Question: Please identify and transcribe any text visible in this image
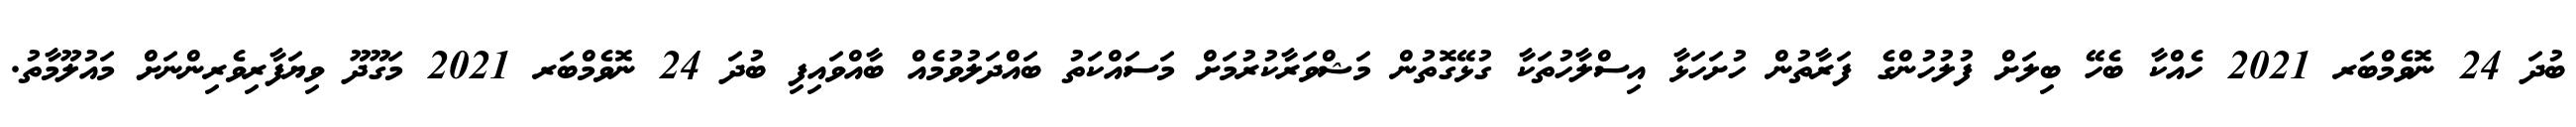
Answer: ބުދަ 24 ނޮވެމްބަރ 2021 ހެއްކާ ބެހޭ ބިލަށް ފުލުހުންގެ ފަރާތުން ހުށަހަޅާ އިސްލާހުތަކާ ގުޅޭގޮތުން މަޝްވަރާކުރުމަށް މަސައްކަތު ބައްދަލުވުމެއް ބާއްވައިފި ބުދަ 24 ނޮވެމްބަރ 2021 މަގޫދޫ ވިޔަފާރިވެރިންނަށް މައުލޫމާތު.